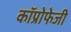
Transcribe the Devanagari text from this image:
कॉप्रोफेजी